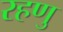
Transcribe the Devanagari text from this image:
रहणु